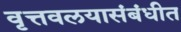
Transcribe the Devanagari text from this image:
वृत्तवलयासंबंधीत